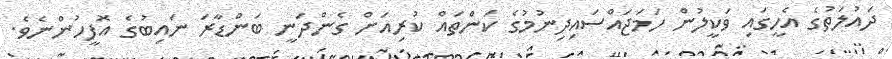
ދައުލަތުގެ އެހީގައި ވަކީލުން ހަމަޖައްސައިދިނުމުގެ ކަންތައް ކުރިއަށް ގެންދަނީ ބަންޑާރަ ނައިބުގެ އޮފީހުންނެވެ.